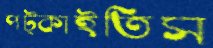
পট্‌কাইতিস